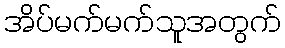
အိပ်မက်မက်သူအတွက်